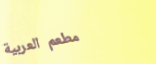
مطعم العربية